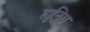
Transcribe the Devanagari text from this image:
ह्यूनिस